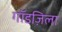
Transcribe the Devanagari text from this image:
गॉडज़िला